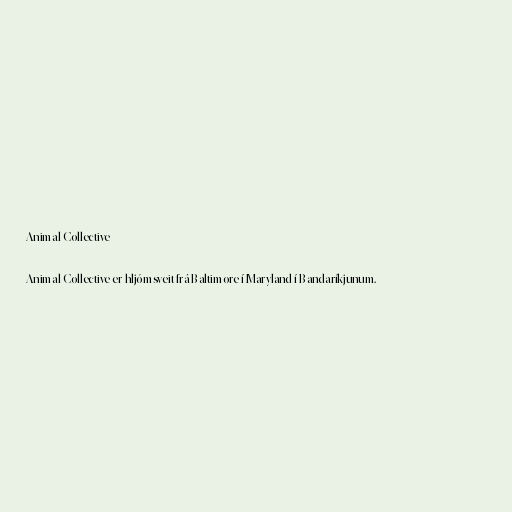
Animal Collective

Animal Collective er hljómsveit frá Baltimore í Maryland í Bandaríkjunum.